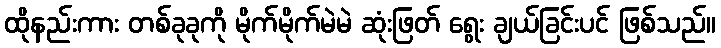
ထိုနည်းကား တစ်ခုခုကို မိုက်မိုက်မဲမဲ ဆုံးဖြတ် ရွေး ချယ်ခြင်းပင် ဖြစ်သည်။